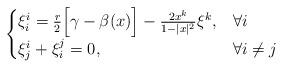
LaTeX: \begin{align*} \begin{cases} \xi^i_i=\frac{r}{2}\Big[\gamma-\beta(x)\Big]-\frac{2x^k}{1-|x|^2}\xi^k, & \forall i\\ \xi^i_j+\xi^j_i=0, & \forall i\not=j \end{cases} \end{align*}